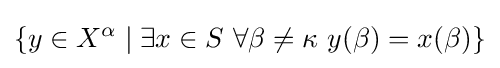
\{y\in X^{\alpha }\mid \exists x\in S\ \forall \beta \neq \kappa \ y(\beta )=x(\beta )\}